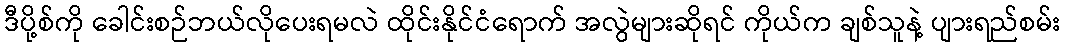
ဒီပို့စ်ကို ခေါင်းစဉ်ဘယ်လိုပေးရမလဲ ထိုင်းနိုင်ငံရောက် အလွဲများဆိုရင် ကိုယ်က ချစ်သူနဲ့ ပျားရည်စမ်း